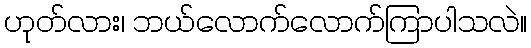
ဟုတ်လား၊ ဘယ်လောက်လောက်ကြာပါသလဲ။